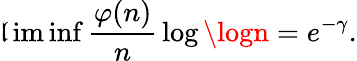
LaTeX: \operatorname*{\mathfrak{l}im}\operatorname*{inf}{\frac{{\varphi(n)}}{{n}}}\log\logn=e^{-\gamma}.